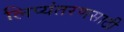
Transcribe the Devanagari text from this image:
लिप्यंतरणसाठी